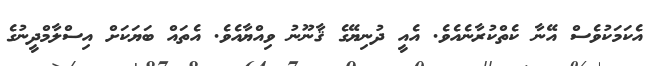
އެކަމަކުވެސް އޭނާ ކެތްކުރާނެއެވެ. އެއީ ދުނިޔޭގެ ޤާނޫނު ވިއްޔާއެވެ. އެތައް ބަޔަކަށް އިސްލާމްދީނުގެ